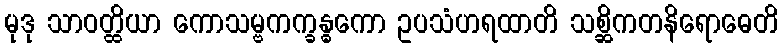
မုဒု သာဝတ္ထိယာ ကောသမ္ဗကက္ခန္ဓကော ဥပသံဟရထာတိ သစ္ဆိကတနိရောဓေတိ